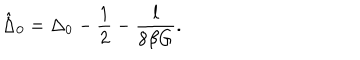
LaTeX: \hat { \Delta } _ { 0 } = \Delta _ { 0 } - \frac { 1 } { 2 } - \frac { l } { 8 \beta G } .